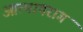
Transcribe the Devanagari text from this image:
आत्मापराग